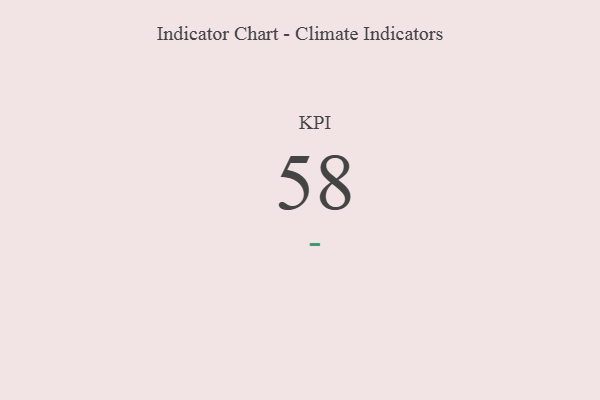
{"axis": {"x": "KPI", "y": "Value"}, "legend": [""], "data": [{"x": "KPI", "y": 58, "type": ""}]}